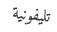
تليفونية